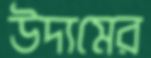
উদ্যমের